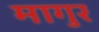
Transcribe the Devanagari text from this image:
मागुर